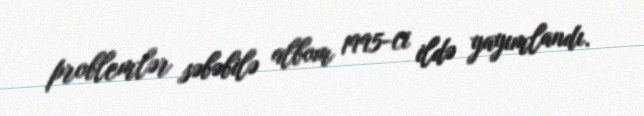
problemlər səbəbilə albom 1995-ci ildə yayımlandı.